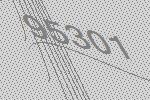
95301